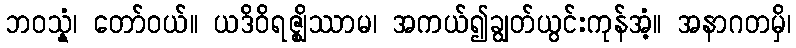
ဘဝသ္နံ၊ တော်ဝယ်။ ယဒိဝိရဇ္ဈိဿာမ၊ အကယ်၍ချွတ်ယွင်းကုန်အံ့။ အနာဂတမှိ၊